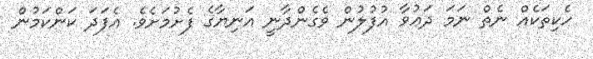
ހެކިތަކެއް ނެތް ނަމަ ދަޢުވާ އުފުލުން ވެގެންދާނީ އަނިޔާގެ ފެށުމަށެވެ. އެފަދަ ކަންކަމުން